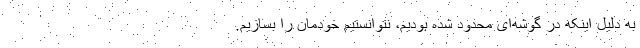
به دلیل اینکه در گوشه‌ای محدود شده بودیم، نتوانستیم خودمان را بسازیم.